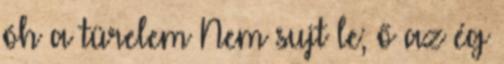
óh a türelem Nem sujt le; ő az ég